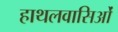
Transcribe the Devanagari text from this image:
हाथलवासिओं